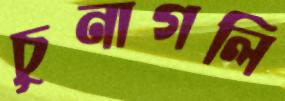
চুনাগলি